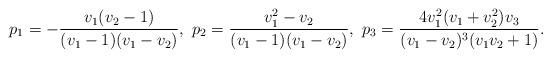
LaTeX: \begin{align*}p_1=-\frac{v_1 (v_2-1)}{(v_1-1) (v_1 - v_2)},\ p_2=\frac{v_1^2 - v_2}{(v_1-1) (v_1 - v_2)},\ p_3=\frac{4 v_1^2 (v_1 + v_2^2) v_3}{(v_1 - v_2)^3 (v_1 v_2+1)}.\end{align*}